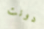
دونت